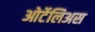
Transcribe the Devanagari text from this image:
ओर्टेलिअस